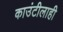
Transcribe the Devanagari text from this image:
काउंटीलाही